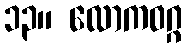
၁၃။ လောကဝဂ္ဂ